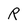
Character: R